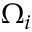
\Omega _ { i }